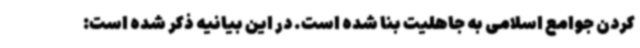
کردن جوامع اسلامی به جاهلیت بنا شده است. در این بیانیه ذکر شده است: